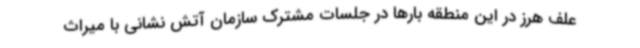
علف هرز در این منطقه بارها در جلسات مشترک سازمان آتش نشانی با میراث